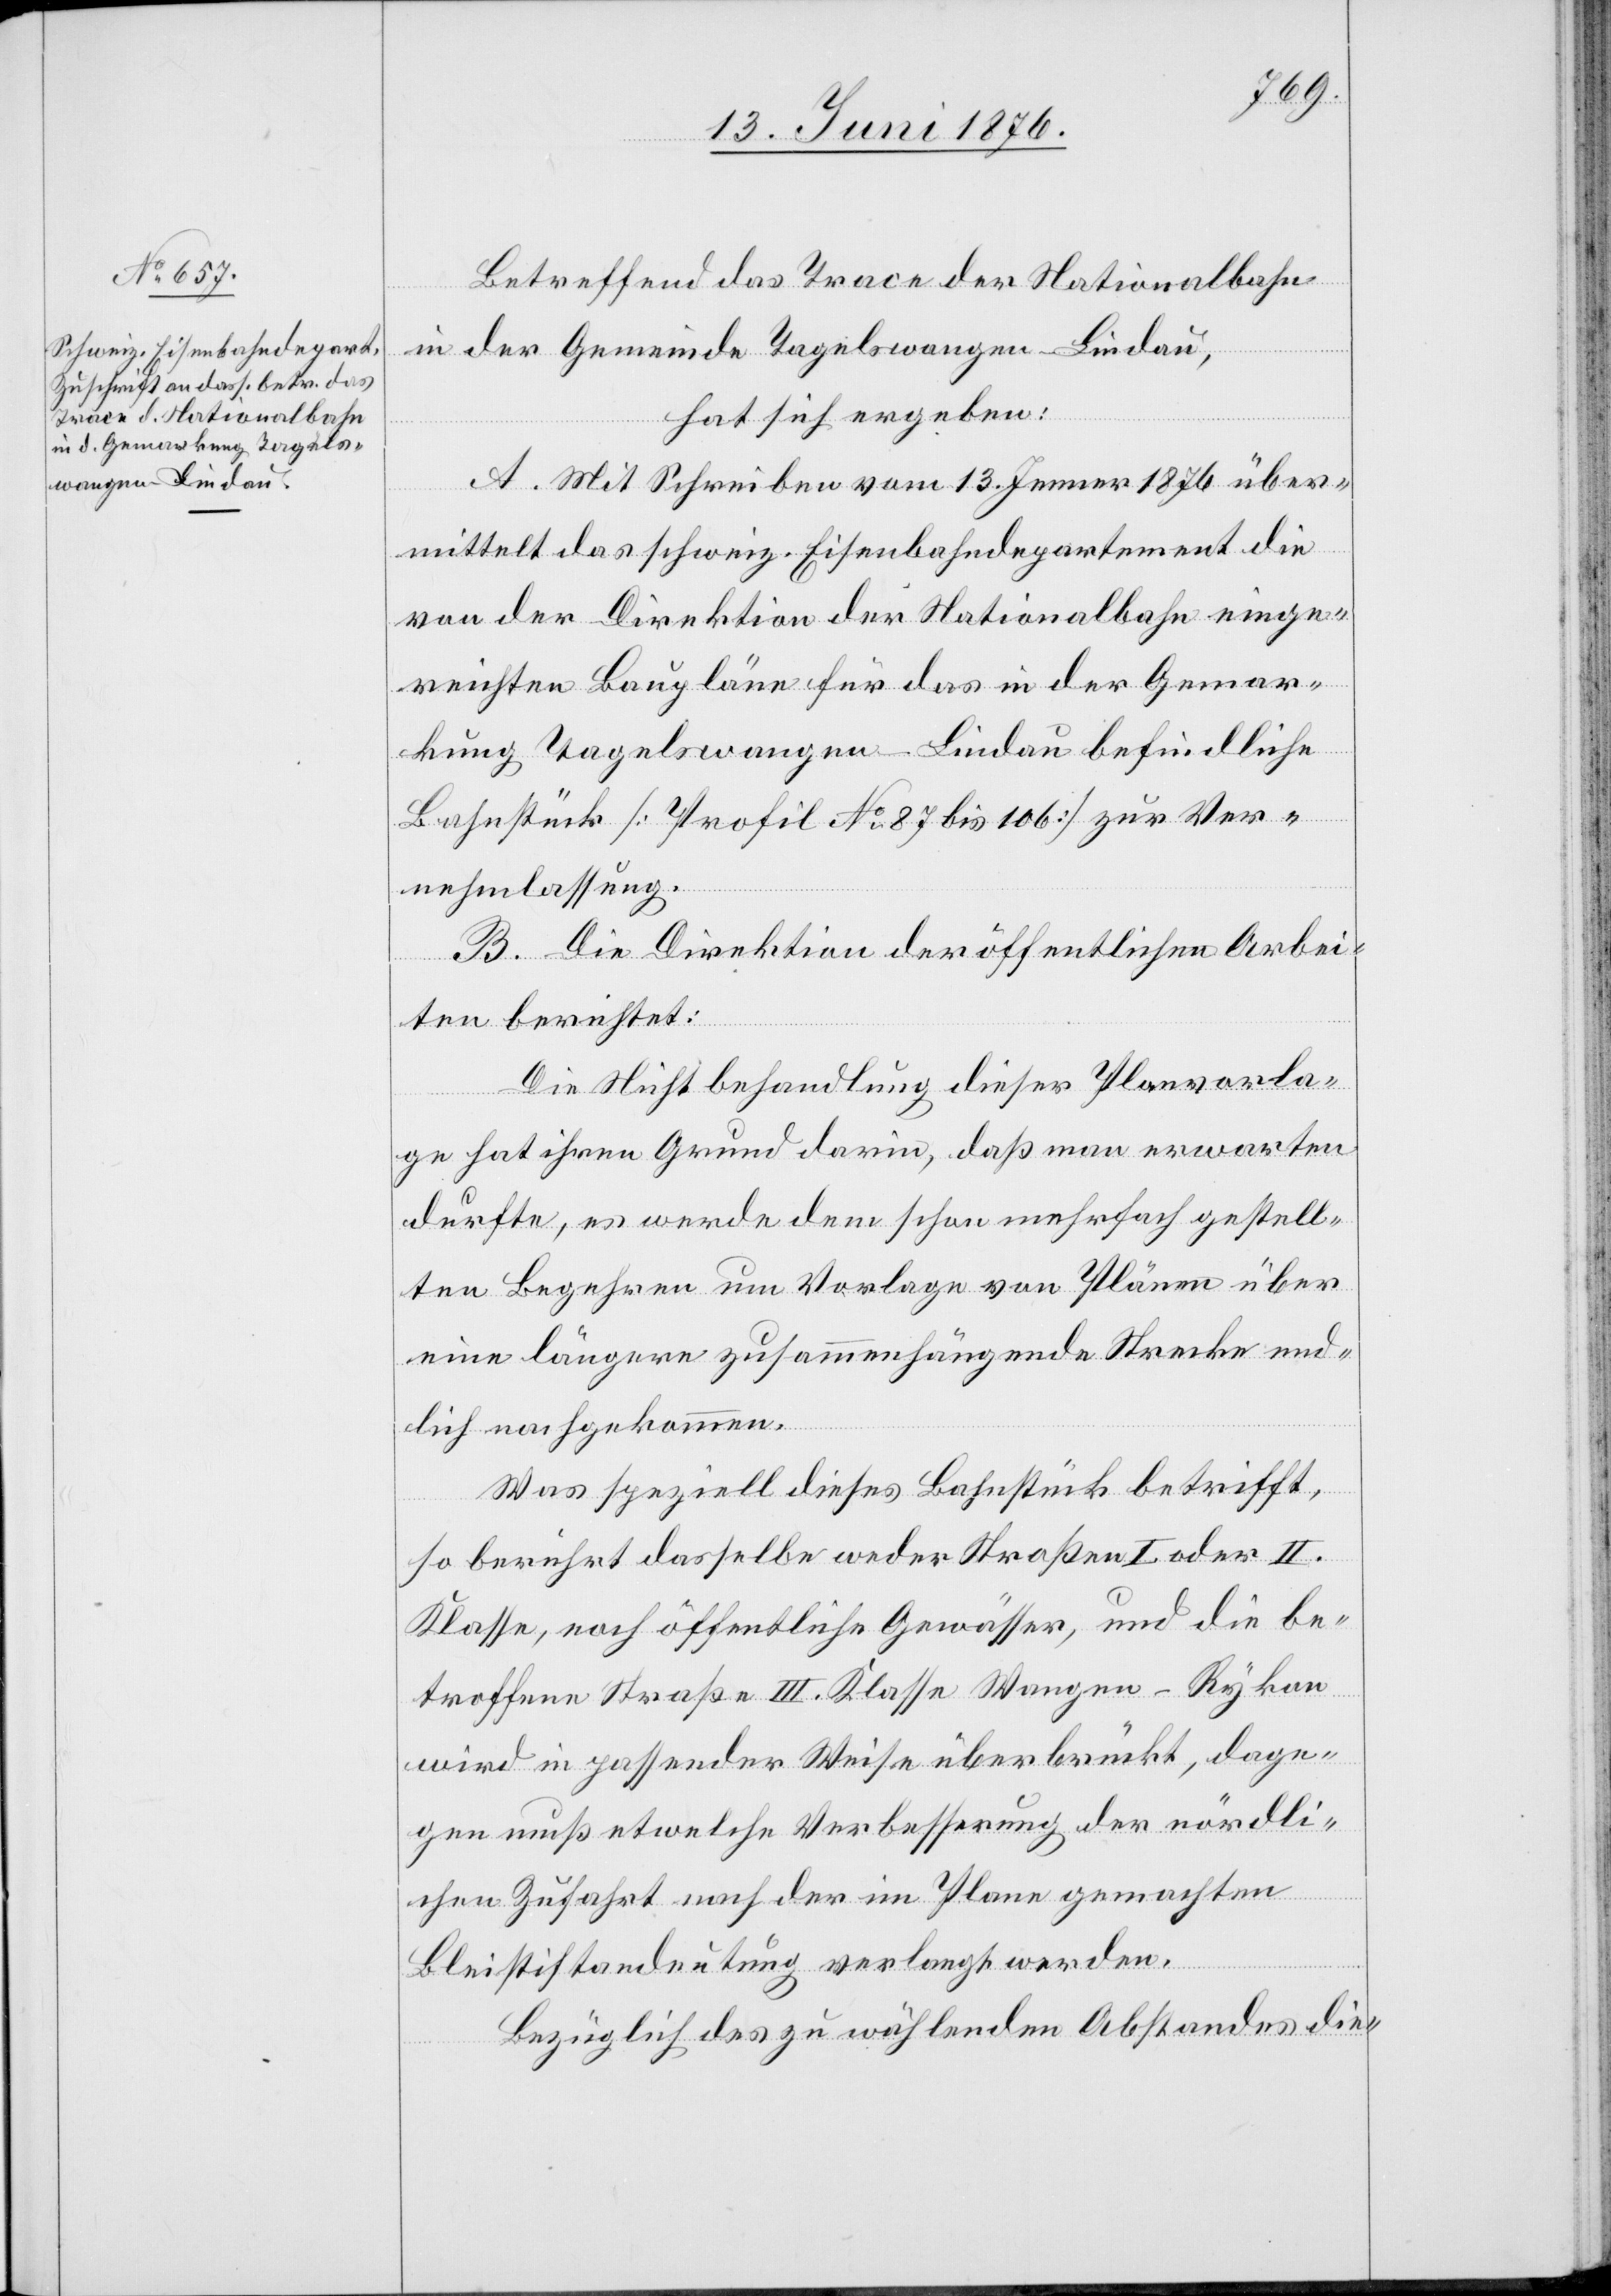
Betreffend das Trace der Nationalbahn
in der Gemeinde Tagelswangen–Lindau,
hat sich ergeben:
A. Mit Schreiben vom 13. Jenner 1876 über¬
mittelt das schweiz. Eisenbahndepartement die
von der Direktion der Nationalbahn einge¬
reichten Baupläne für das in der Gemar¬
kung Tagelswangen–Lindau befindliche
Bahnstück [Profil No 87 bis 106] zur Ver¬
nehmlassung.
B. Die Direktion der öffentlichen Arbei¬
ten berichtet:
Die Nichtbehandlung dieser Planvorla¬
ge hat ihren Grund darin, daß man erwarten
durfte, es werde dem schon mehrfach gestell¬
ten Begehren um Vorlage von Plänen über
eine längere zusammenhängende Stracke end¬
lich nachgekommen.
Was speziell dieses Bahnstück betrifft,
so berührt dasselbe weder Straßen I. oder II.
Klasse, noch öffentliche Gewässer, und die be¬
troffene Straße III. Klasse Wangen–Rykon
wird in passender Weise überbrückt, dage¬
gen muß etwelche Verbesserung der nördli¬
chen Zufahrt nach der im Plane gemachten
Bleistiftandeutung verlangt werden.
Bezüglich des zu wählenden Abstandes die-